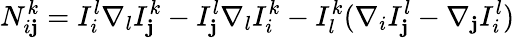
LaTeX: N_{i\mathbf{j}}^{k}=I_{i}^{l}\nabla_{l}I_{\mathbf{j}}^{k}-I_{\mathbf{j}}^{l}\nabla_{l}I_{i}^{k}-I_{l}^{k}(\nabla_{i}I_{\mathbf{j}}^{l}-\nabla_{\mathbf{j}}I_{i}^{l})